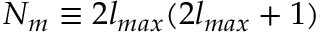
N _ { m } \equiv 2 l _ { m a x } ( 2 l _ { m a x } + 1 )